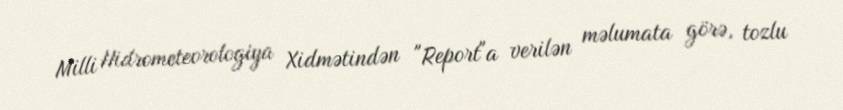
Milli Hidrometeorologiya Xidmətindən "Report"a verilən məlumata görə, tozlu